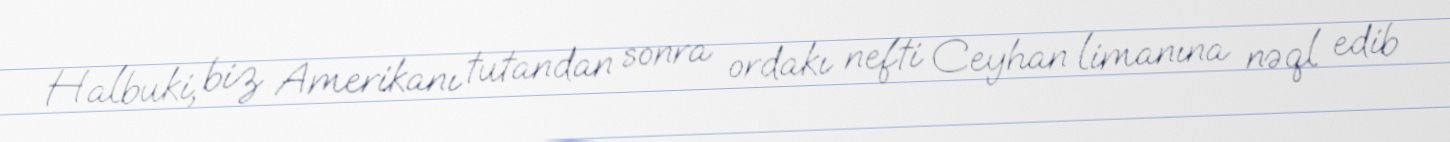
Halbuki, biz Amerikanı tutandan sonra ordakı nefti Ceyhan limanına nəql edib